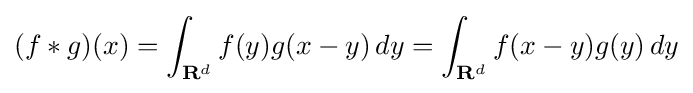
(f*g)(x)=\int _{\mathbf {R} ^{d}}f(y)g(x-y)\,dy=\int _{\mathbf {R} ^{d}}f(x-y)g(y)\,dy